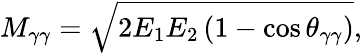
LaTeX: M_{\gamma\gamma}=\sqrt{2E_{1}E_{2}\left(1-\cos\theta_{\gamma\gamma}\right)},